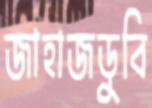
জাহাজডুবি